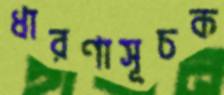
ধারণাসূচক